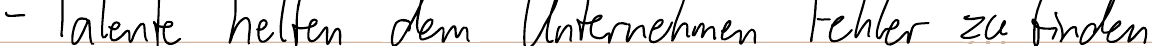
- Talente helfen dem Unternehmen Fehler zu finden